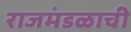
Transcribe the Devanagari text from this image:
राजमंडळाची